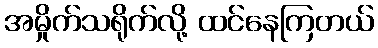
အမှိုက်သရိုက်လို့ ထင်နေကြတယ်